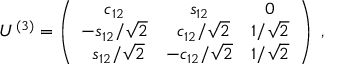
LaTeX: U ^ { ( 3 ) } = \left( \begin{array} { c c c } { { c _ { 1 2 } } } & { { s _ { 1 2 } } } & { { 0 } } \\ { { - { s _ { 1 2 } } / { \sqrt { 2 } } } } & { { \; \, { c _ { 1 2 } } / { \sqrt { 2 } } } } & { { 1 / \sqrt { 2 } } } \\ { { \; \, { s _ { 1 2 } } / { \sqrt { 2 } } } } & { { - { c _ { 1 2 } } / { \sqrt { 2 } } } } & { { 1 / \sqrt { 2 } } } \end{array} \right) \; ,